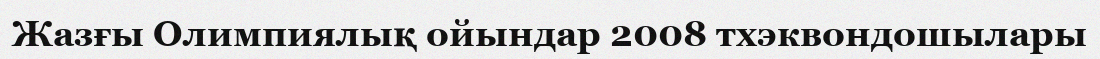
Жазғы Олимпиялық ойындар 2008 тхэквондошылары